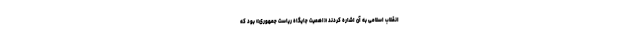
انقلاب اسلامی به آن اشاره کردند «اهمیت جایگاه ریاست جمهوری» بود که